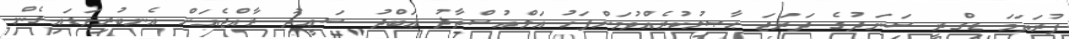
ފުރަތަމަ ޑިގްރީ ސަނަދުގެ ދަރަޖަ ޙާޞިލުކުރެއްވުމަށްފަހު އަލްއުސްތާޛު ޢަބްދު ސަޢީދު ރާއްޖެއަށް އެނބުރިވަޑައިގެން